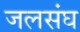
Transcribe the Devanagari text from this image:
जलसंघ